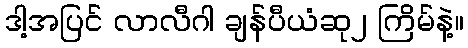
ဒါ့အပြင် လာလီဂါ ချန်ပီယံဆု၂ ကြိမ်နဲ့။